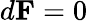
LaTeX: d\mathbf{F}=0